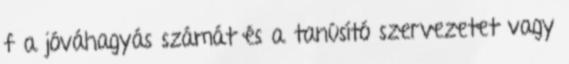
f a jóváhagyás számát és a tanúsító szervezetet vagy